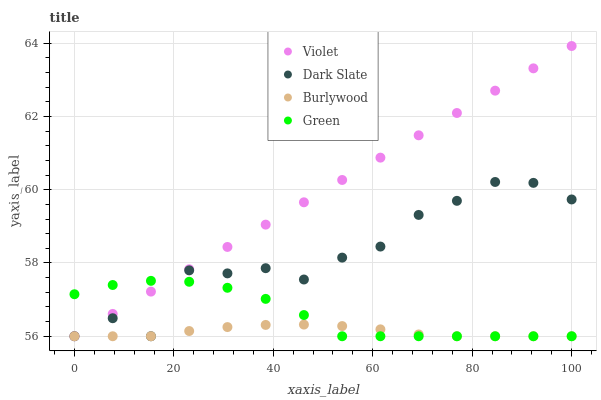
| xaxis_label | Violet | Dark Slate | Burlywood | Green |
 | --- | --- | --- | --- | --- |
 | 0 | 56 | 56 | 56 | 57.1 |
 | 7.69 | 56.6 | 56.5 | 56 | 57.4 |
 | 15.4 | 57.2 | 56 | 56 | 57.5 |
 | 23.1 | 57.8 | 57.8 | 56.1 | 57.5 |
 | 30.8 | 58.4 | 57.7 | 56.3 | 57.3 |
 | 38.5 | 59 | 57.9 | 56.3 | 57 |
 | 46.2 | 59.7 | 57.5 | 56.3 | 56.6 |
 | 53.8 | 60.3 | 58.1 | 56.3 | 56 |
 | 61.5 | 60.9 | 58.4 | 56.2 | 56 |
 | 69.2 | 61.5 | 59.3 | 56 | 56 |
 | 76.9 | 62.1 | 59.7 | 56 | 56 |
 | 84.6 | 62.7 | 60.2 | 56 | 56 |
 | 92.3 | 63.3 | 60.2 | 56 | 56 |
 | 100 | 63.9 | 59.7 | 56 | 56 |